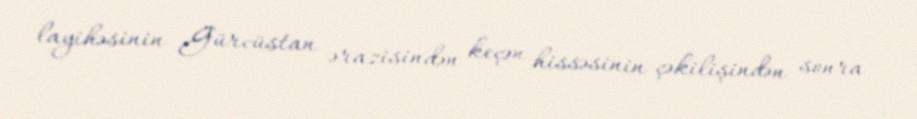
layihəsinin Gürcüstan ərazisindən keçən hissəsinin çəkilişindən sonra